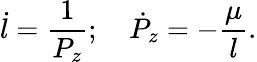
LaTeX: \dot{l}=\frac{1}{P_{z}};~~~~\dot{P}_{z}=-\frac\mu{l}.